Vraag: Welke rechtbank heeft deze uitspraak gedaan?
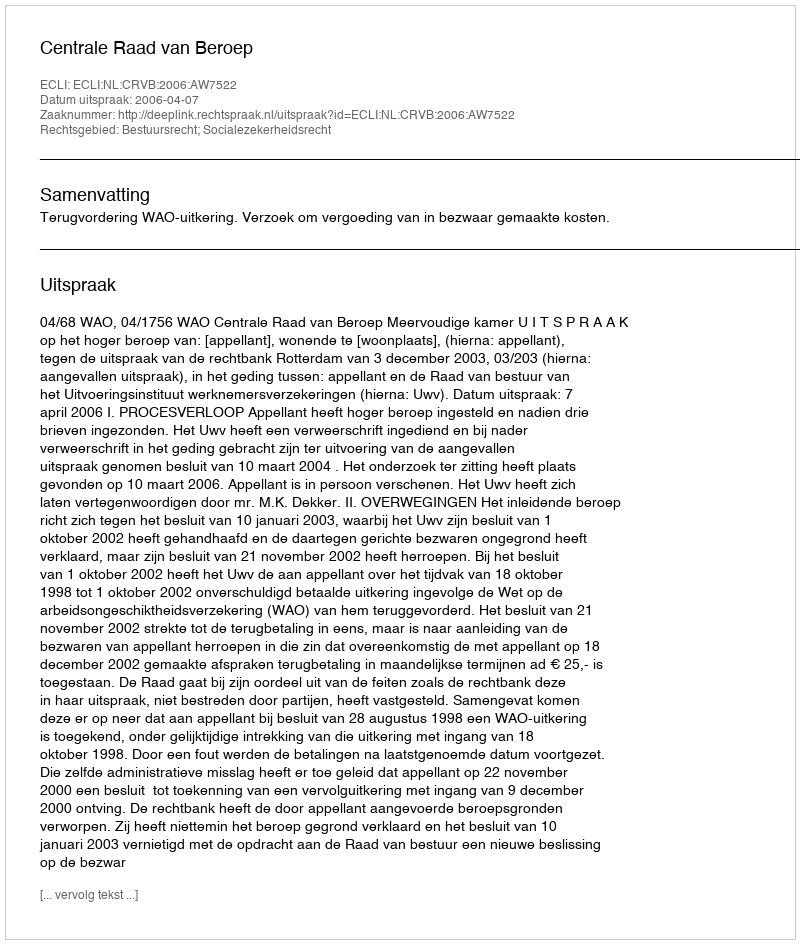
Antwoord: Centrale Raad van Beroep